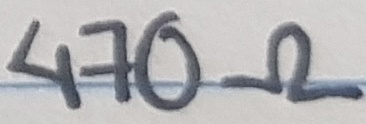
Text: 470Ω